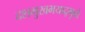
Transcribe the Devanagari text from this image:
दशमुखभयाद्भुवो